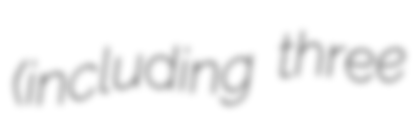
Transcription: (including three